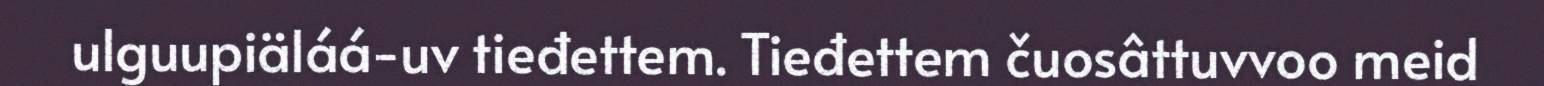
ulguupiäláá-uv tieđettem. Tieđettem čuosâttuvvoo meid